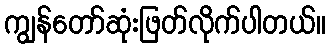
ကျွန်တော်ဆုံးဖြတ်လိုက်ပါတယ်။